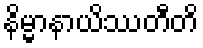
နိမ္မာနာယိဿတီတိ